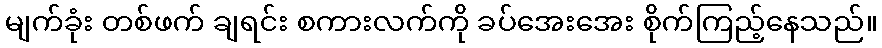
မျက်ခုံး တစ်ဖက် ချရင်း စကားလက်ကို ခပ်အေးအေး စိုက်ကြည့်နေသည်။